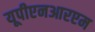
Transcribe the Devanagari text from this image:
यूपीएनआरएम